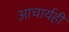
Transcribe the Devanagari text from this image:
आचार्यही